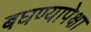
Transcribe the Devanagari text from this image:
बघण्यापेक्षा